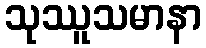
သုဿူသမာနာ